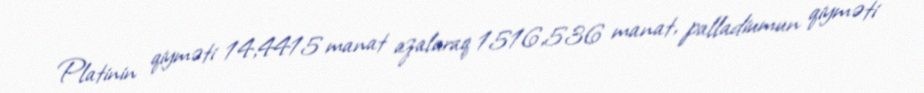
Platinin qiyməti 14,4415 manat azalaraq 1516,536 manat, palladiumun qiyməti